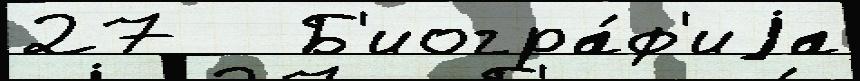
27   Б'иогра́ф'иjа